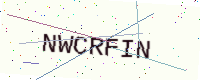
Text: NWCRFIN